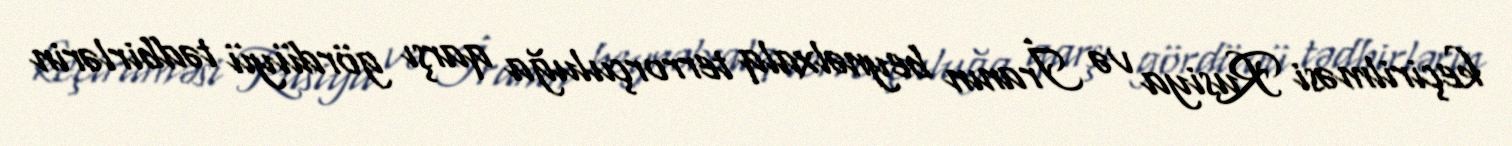
keçirilməsi Rusiya və İranın beynəlxalq terrorçuluğa qarşı gördüyü tədbirlərin